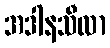
အဒါနသီလာ